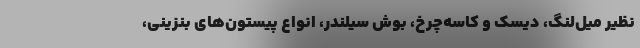
نظیر میل‌لنگ، دیسک و کاسه‌چرخ، بوش سیلندر، انواع پیستون‌های بنزینی،